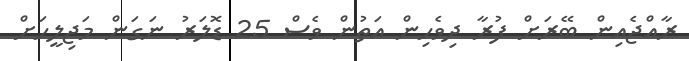
ރާއްޖެއިން ބޭރަށް ފުރާ ދިވެހިން އަތުން ވެސް 25 ޑޮލަރު ނަގަން މަޖިލީހަށް